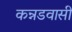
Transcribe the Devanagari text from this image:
कन्नडवासी